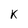
Character: K